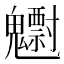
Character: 𱆠